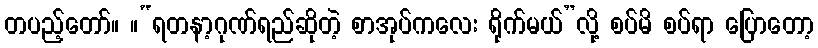
တပည့်တော်။ ။“ရတနာ့ဂုဏ်ရည်ဆိုတဲ့ စာအုပ်ကလေး ရိုက်မယ်”လို့ စပ်မိ စပ်ရာ ပြောတော့